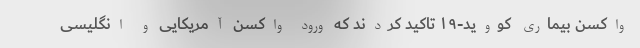
واکسن بیماری کووید-۱۹ تاکید کردند که ورود واکسن آمریکایی و انگلیسی